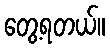
တွေ့ရတယ်။